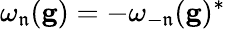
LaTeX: \omega_{\mathfrak{n}}(\mathbf{{g}})=-\omega_{-\mathfrak{n}}(\mathbf{{g}})^{*}